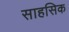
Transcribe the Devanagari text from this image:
साहसिक